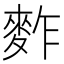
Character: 𪌟